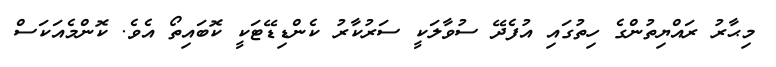
މިޙާރު ރައްޔިތުންގެ ހިތުގައި އުފެދޭ ސުވާލަކީ ސަރުކާރު ކެންޑިޑޭޓަކީ ކޮބައިތޯ އެވެ. ކޮންމެއަކަސް